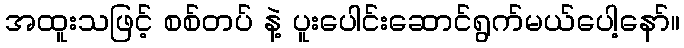
အထူးသဖြင့် စစ်တပ် နဲ့ ပူးပေါင်းဆောင်ရွက်မယ်ပေါ့နော်။